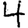
Digit: 4